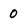
Character: 0